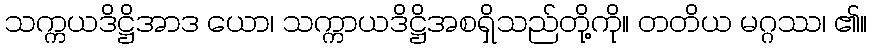
သက္ကယဒိဋ္ဌိအာဒ ယော၊ သက္ကာယဒိဋ္ဌိအစရှိသည်တို့ကို။ တတိယ မဂ္ဂဿ၊ ၏။